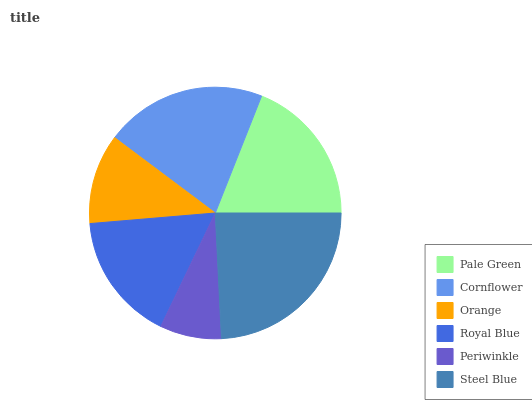
| Pale Green | Cornflower | Orange | Royal Blue | Periwinkle | Steel Blue |
 | --- | --- | --- | --- | --- | --- |
 | 19% | 20.7% | 11.6% | 16.6% | 7.92% | 24.2% |